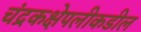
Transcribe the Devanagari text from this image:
चंद्रकक्षेपलीकडील